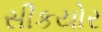
સીકયોર